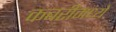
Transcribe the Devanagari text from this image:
कबरींमध्ये